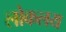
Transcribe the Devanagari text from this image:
लोकलय